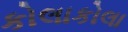
કોલાકોલા